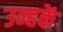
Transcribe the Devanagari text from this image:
उन्हकें